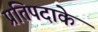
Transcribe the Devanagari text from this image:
प्रतिपदाके